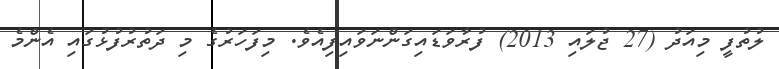
ލުތުފީ މިއަދު (27 ޖުލައި 2013) ފުރާވަޑައިގަންނަވައިފިއެވެ. މިފަހަރުގެ މި ދަތުރުފުޅުގައި އެންމެ